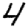
Digit: 4